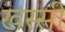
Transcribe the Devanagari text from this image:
खस्सी